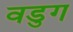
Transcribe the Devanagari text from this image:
वडुग